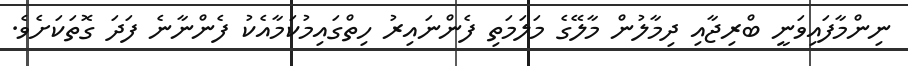
ނިންމާފައިވަނީ ބްރިޖާއި ދިމާލުން މާލޭގެ މަލަމަތި ފެންނައިރު ހިތްގައިމުކަމާއެކު ފެންނާނެ ފަދަ ގޮތަކަށެވެ.